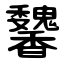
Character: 䭳